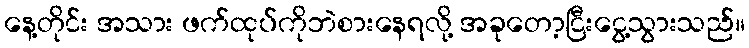
နေ့တိုင်း အသား ဖက်ထုပ်ကိုဘဲစားနေရလို့ အခုတော့ငြီးငွေ့သွားသည်။